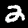
Label: 2